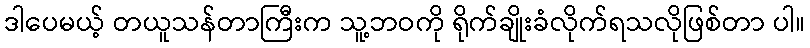
ဒါပေမယ့် တယူသန်တာကြီးက သူ့ဘဝကို ရိုက်ချိုးခံလိုက်ရသလိုဖြစ်တာ ပါ။